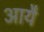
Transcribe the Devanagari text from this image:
आयै